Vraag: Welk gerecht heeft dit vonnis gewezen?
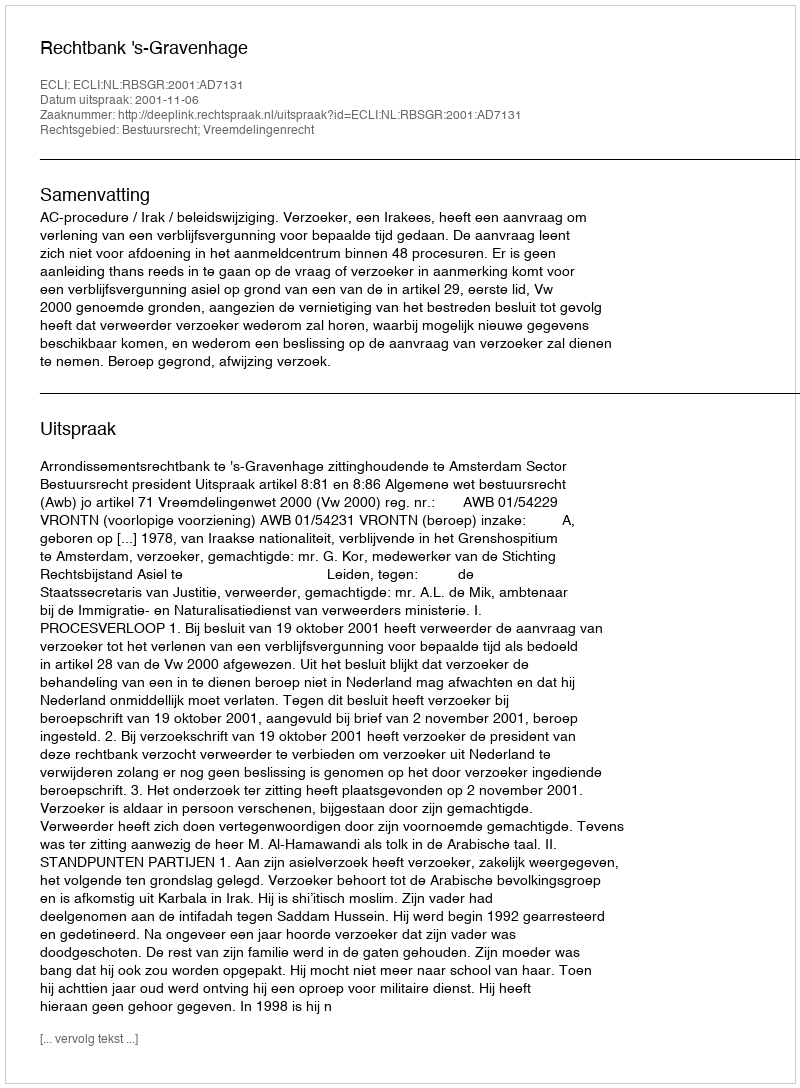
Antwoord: Rechtbank 's-Gravenhage